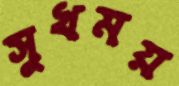
সুখময়